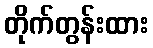
တိုက်တွန်းထား